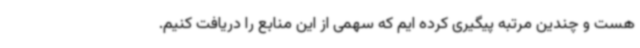
هست و چندین مرتبه پیگیری کرده ایم که سهمی از این منابع را دریافت کنیم.